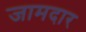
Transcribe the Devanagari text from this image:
जामदार